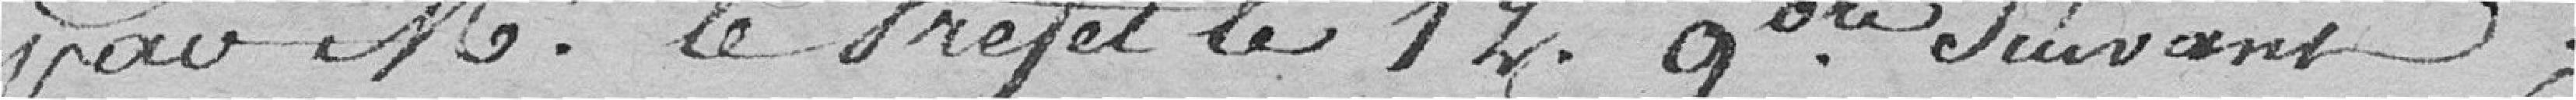
par Monsieur le Préfet le 12 novembre suivant ;